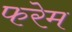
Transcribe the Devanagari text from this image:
फरेम